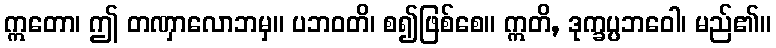
ဣတော၊ ဤ တဏှာလောဘမှ။ ပဘဝတိ၊ စ၍ဖြစ်စေ။ ဣတိ, ဒုက္ခပ္ပဘဝေါ၊ မည်၏။